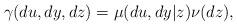
LaTeX: \begin{align*}\gamma(du,dy,dz) = \mu(du,dy|z)\nu(dz),\end{align*}